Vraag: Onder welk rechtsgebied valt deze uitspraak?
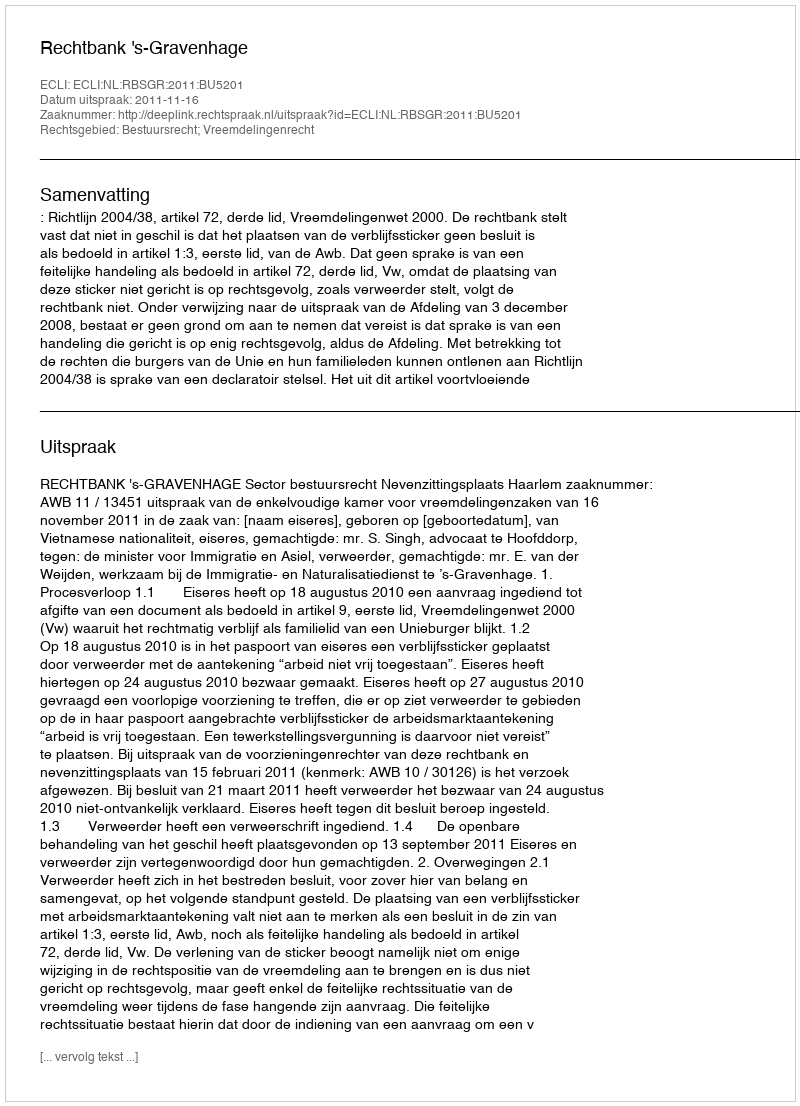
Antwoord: Bestuursrecht; Vreemdelingenrecht